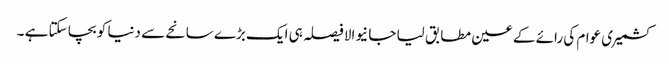
کشمیری عوام کی رائے کے عین مطابق لیا جا نیوالا فیصلہ ہی ایک بڑے سانحے سے دنیا کو بچا سکتا ہے ۔